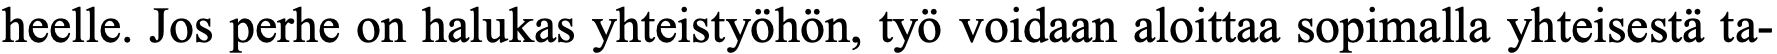
heelle. Jos perhe on halukas yhteistyöhön, työ voidaan aloittaa sopimalla yhteisestä ta-